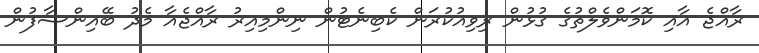
ރާއްޖެ އާއި ކޮމަންވެލްތުގެ ގުޅުން ރިވިއުކުރަން ކެބިނެޓުން ނިންމިއިރު ރާއްޖެއާ މެދު ބޭއިންސާފުން